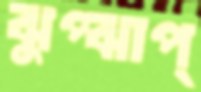
ঝুপ্ঝাপ্